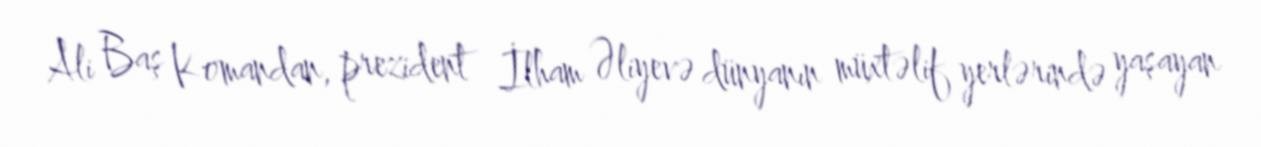
Ali Baş Komandan, prezident İlham Əliyevə dünyanın müxtəlif yerlərində yaşayan